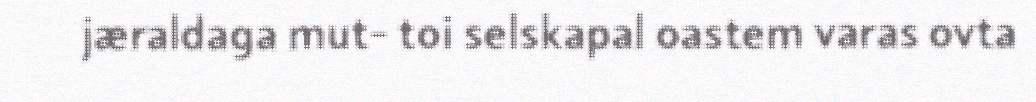
jæraldaga mut- toi selskapal oastem varas ovta